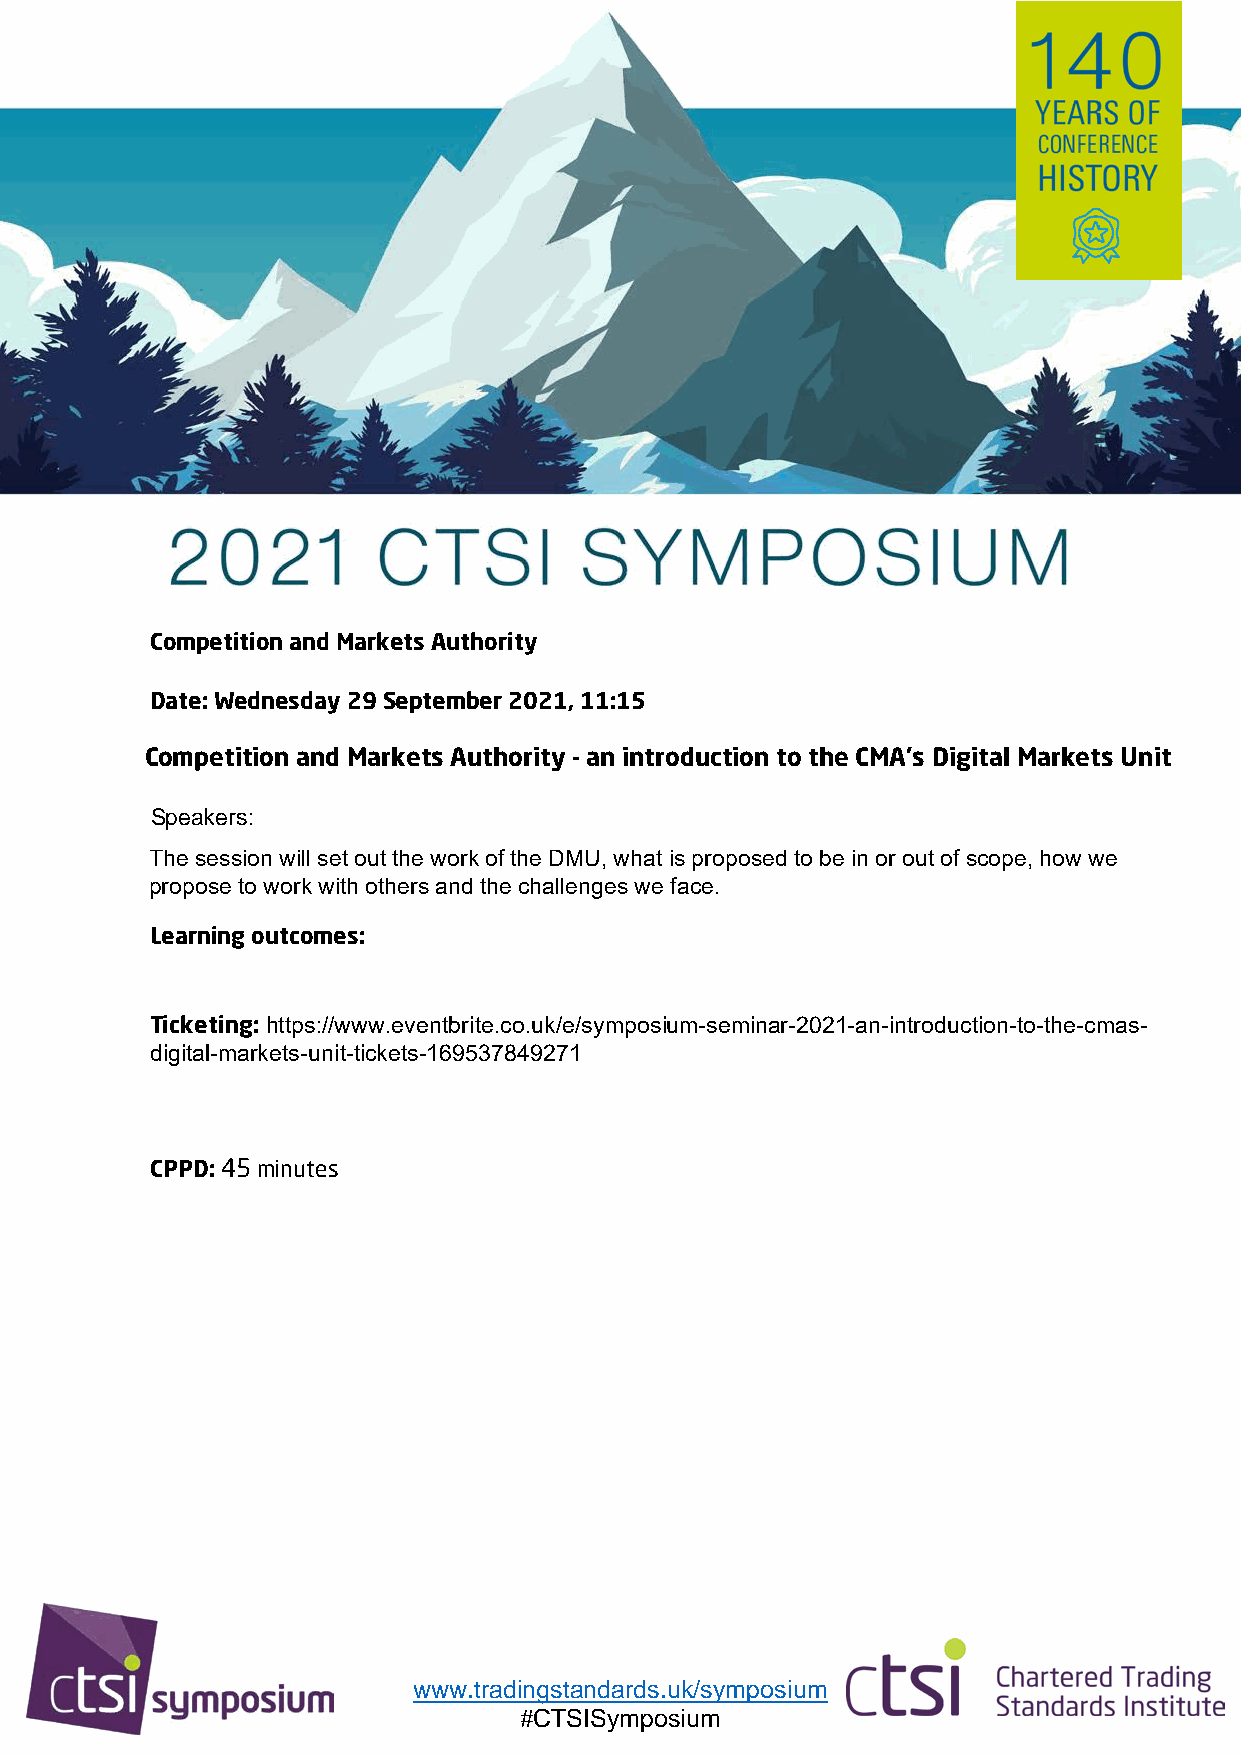
Competition and Markets Authority
 Date: Wednesday 29 September 2021, 11:15
 Competition and Markets Authority - an introduction to the CMA's Digital Markets Unit
 Speakers:
 The session will set out the work of the DMU, what is proposed to be in or out of scope, how we
 propose to work with others and the challenges we face.
 Learning outcomes:
 Ticketing: https://www.eventbrite.co.uk/e/symposium-seminar-2021-an-introduction-to-the-cmas-
 digital-markets-unit-tickets-169537849271
 CPPD: 45 minutes
 www.tradingstandards.uk/symposium
 #CTSISymposium